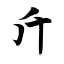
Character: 斤